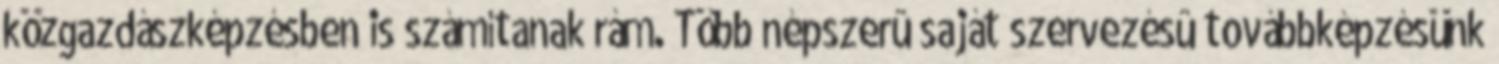
közgazdászképzésben is számítanak rám. Több népszerû saját szervezésû továbbképzésünk